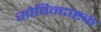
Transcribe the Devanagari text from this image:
गोविन्दाष्टकं